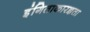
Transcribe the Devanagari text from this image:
इंगिताकारज्ञता